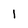
Character: l